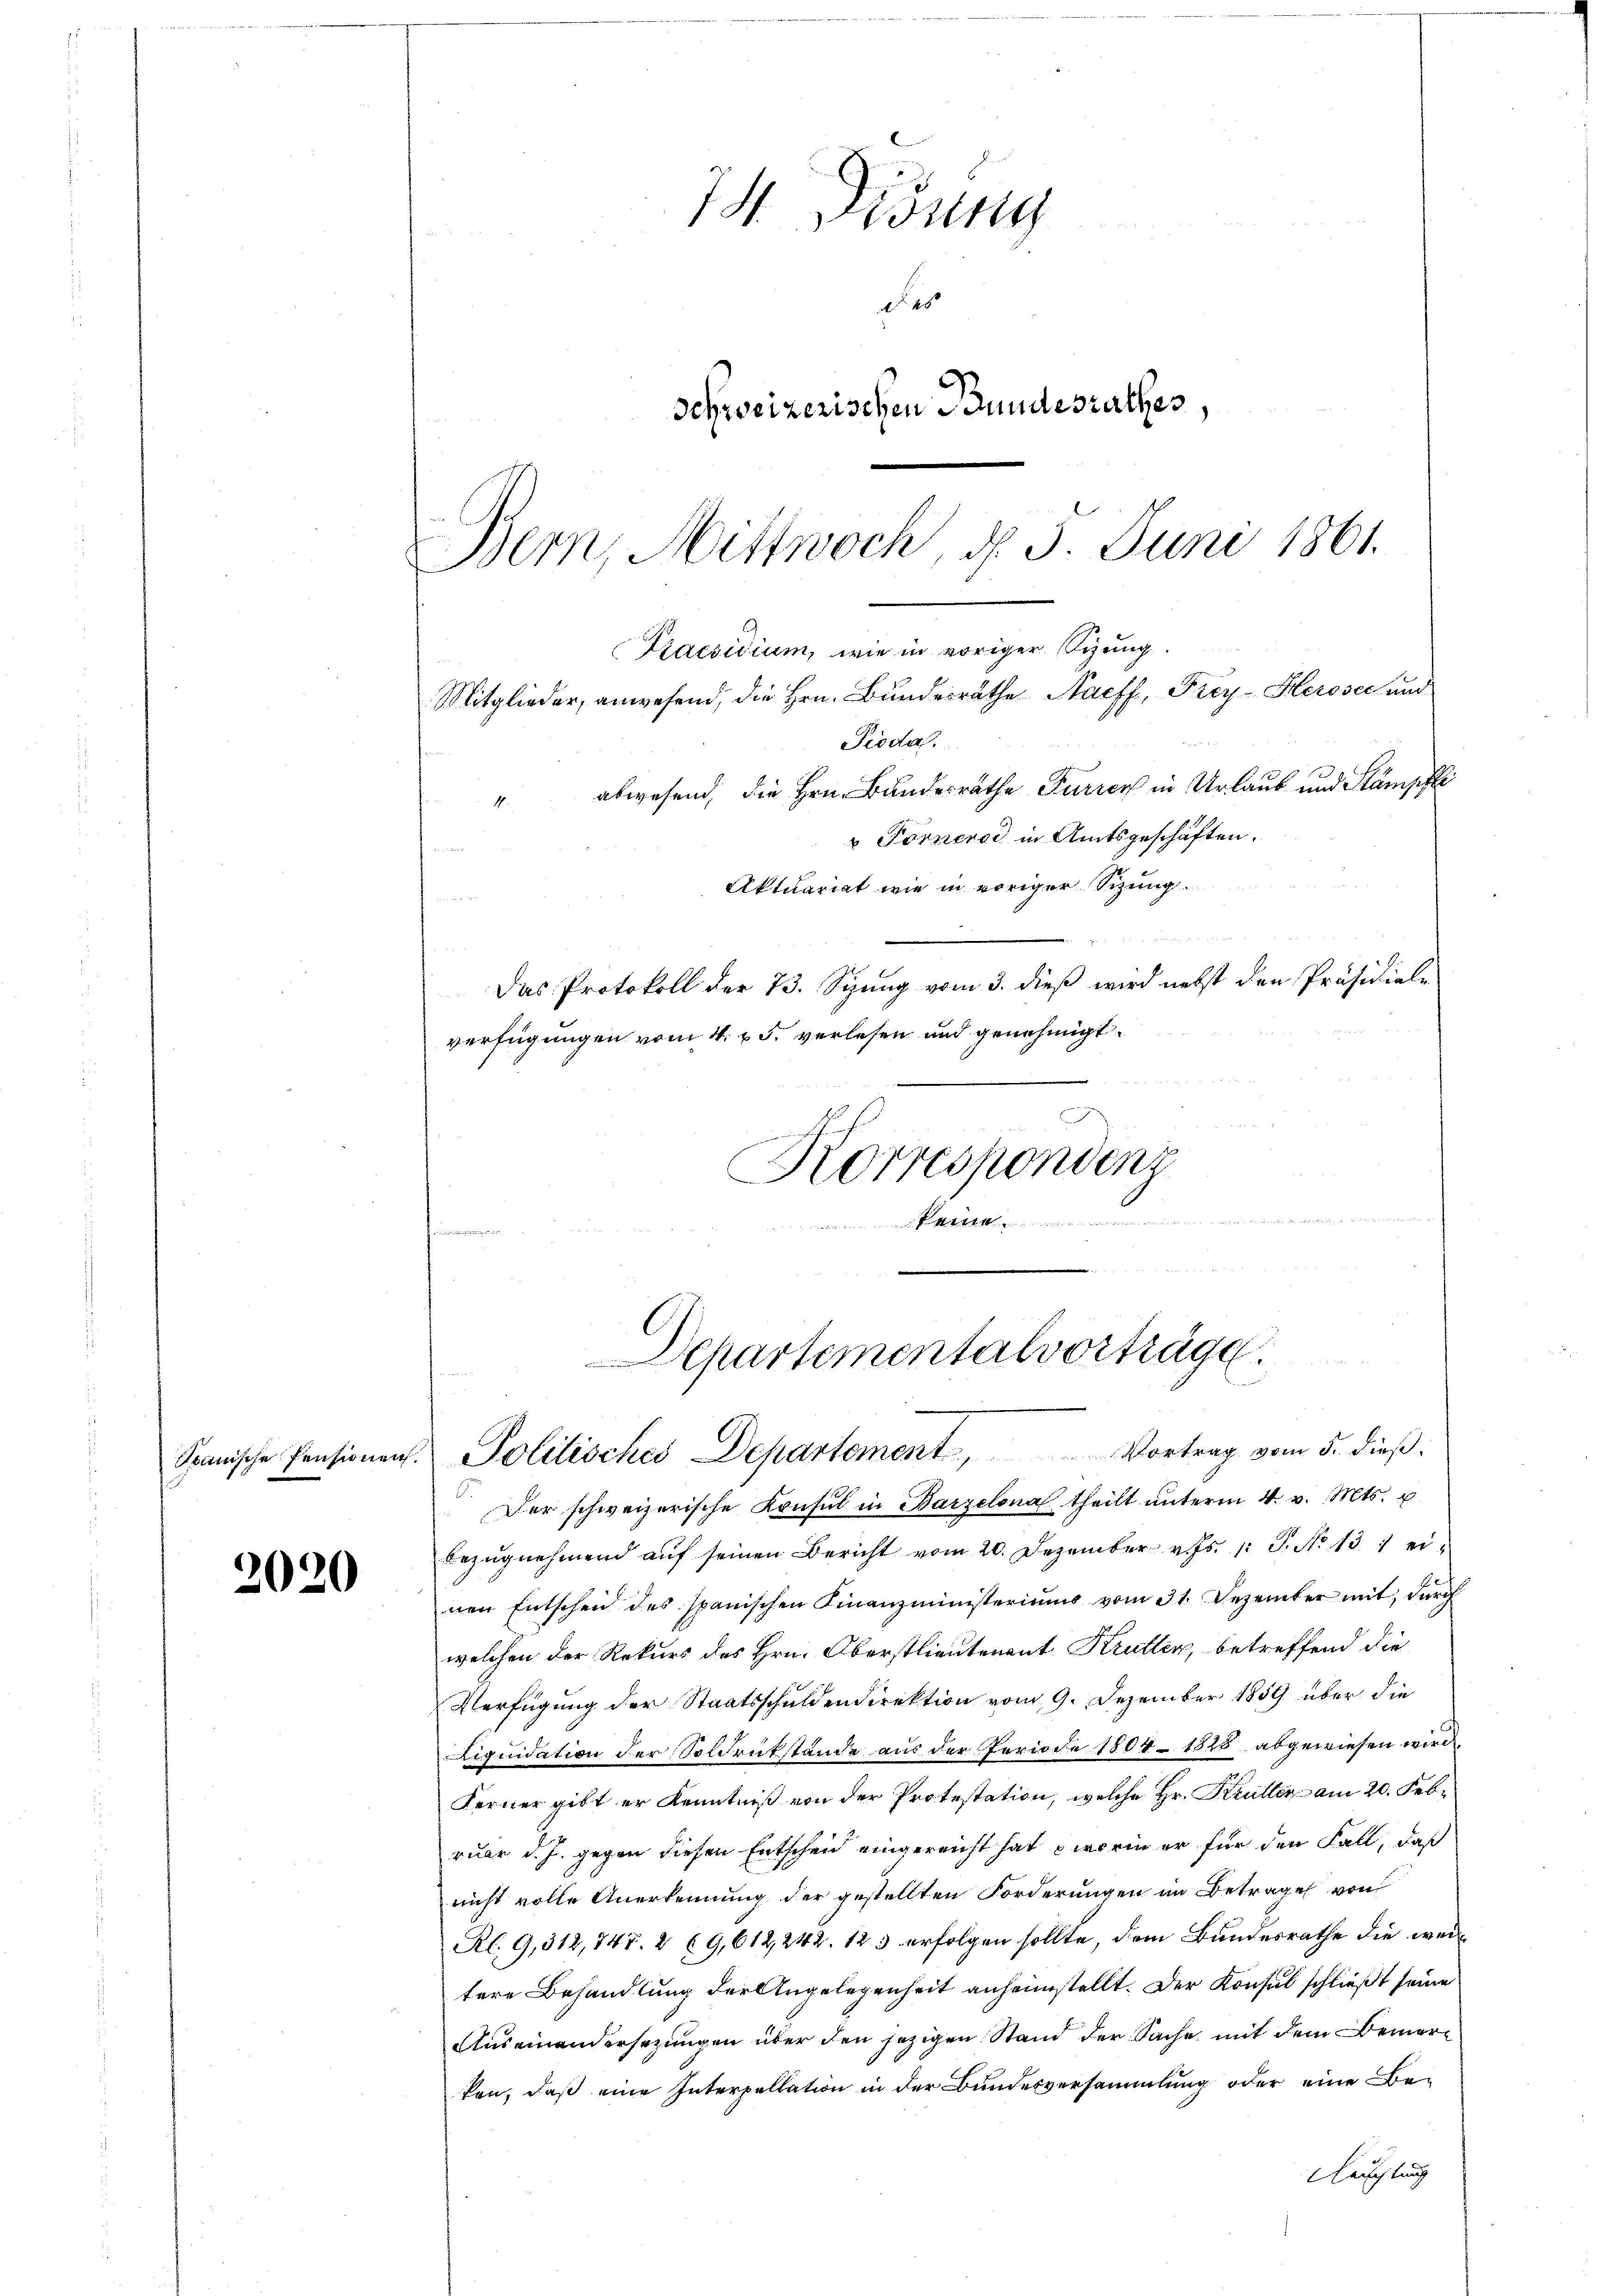
2020

14. Disung
des
Schweizerischen Bundesrathes,
" abwesend, die Hrn. Bundesräthe Furren in Urlaub und Stämpfli
v Förnerod in Amtsgeschäften.
Aktuariat wie in voriger Sizung.
Das Protokoll der 73. Spung vom 3. dieß wird nebst den Präsidiale
verfügungen vom 4. v. 5. verlesen und genehmigt.
Korrespondenz
band der

a

Bern, Mittwoch, d. 5. Juni 1861.
Praesidium, wie in voriger Sizung.
Mitglieder, anwesend, die Hrn. Bundesräthe Naeff, Frey-Herosec und
Pioda.

Departementalvorträge.
Spische Pensionen. Politisches Departement, Vortrag vom 5. dieβ.

Der schweizerische Konsul in Parzelona theilt ŭnterm 4. v. Mts. u
bezŭgnehmend aŭf seinen Bericht vom 20. Dezember v. Js. 1. P. No 131 ei-
nen Entscheid des spanischen Finanzministeriums vom 31. Dezember mit durch
welchen der Rekurs des Hrn. Oberstlieutenant Krullen, betreffend die
Verfügung der Staatsschuldendirektion vom 9. Dezember 1859 über die
Liquidation der Soldrükstände aus der Periode 1804–1823 abgewiesen wird.
Ferner gibt er Kenntniß von der Protestation, welche Hr. Krütter am 20. Februar d. J. gegen diesen Entscheid eingereicht hat, – worin er für den Fall, daß
nicht volle Anerkennung der gestellten Forderungen im Betrage von
Rl. 9,312, 747. 2 (9,612, 242. 123 erfolgen sollte, dem Bundesrathe die weitere Behandlung der Angelegenheit anheimstellt. Der Konsul schließt seine
Auseinandersezungen über den jezigen Stand der Sache mit dem Bemerken, daß eine Interpellation in der Bundesversammlung oder eine Be-
Neuchtung